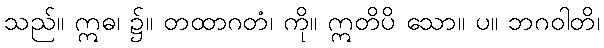
သည်။ ဣဓ၊ ၌။ တထာဂတံ၊ ကို။ ဣတိပိ သော။ ပ။ ဘဂဝါတိ၊